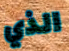
الذي